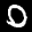
Label: 0